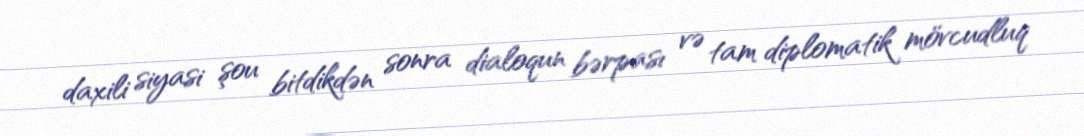
daxili siyasi şou bitdikdən sonra dialoqun bərpası və tam diplomatik mövcudluq